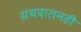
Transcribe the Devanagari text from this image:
ग्रंथदालनही